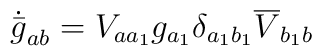
\dot{\bar{g}}_{ab}=V_{aa_1}g_{a_1}\delta_{a_1b_1}\overline{V}_{b_1b}